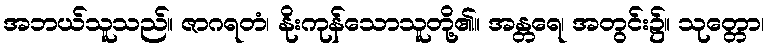
အဘယ်သူသည်။ ဇာဂရတံ၊ နိုးကုန်သောသူတို့၏။ အန္တရေ၊ အတွင်း၌။ သုတ္တော၊